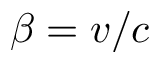
\beta = v / c